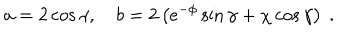
LaTeX: a = 2 \cos \gamma , \quad b = 2 \left( e ^ { - \phi } \sin \gamma + \chi \cos \gamma \right) \ .